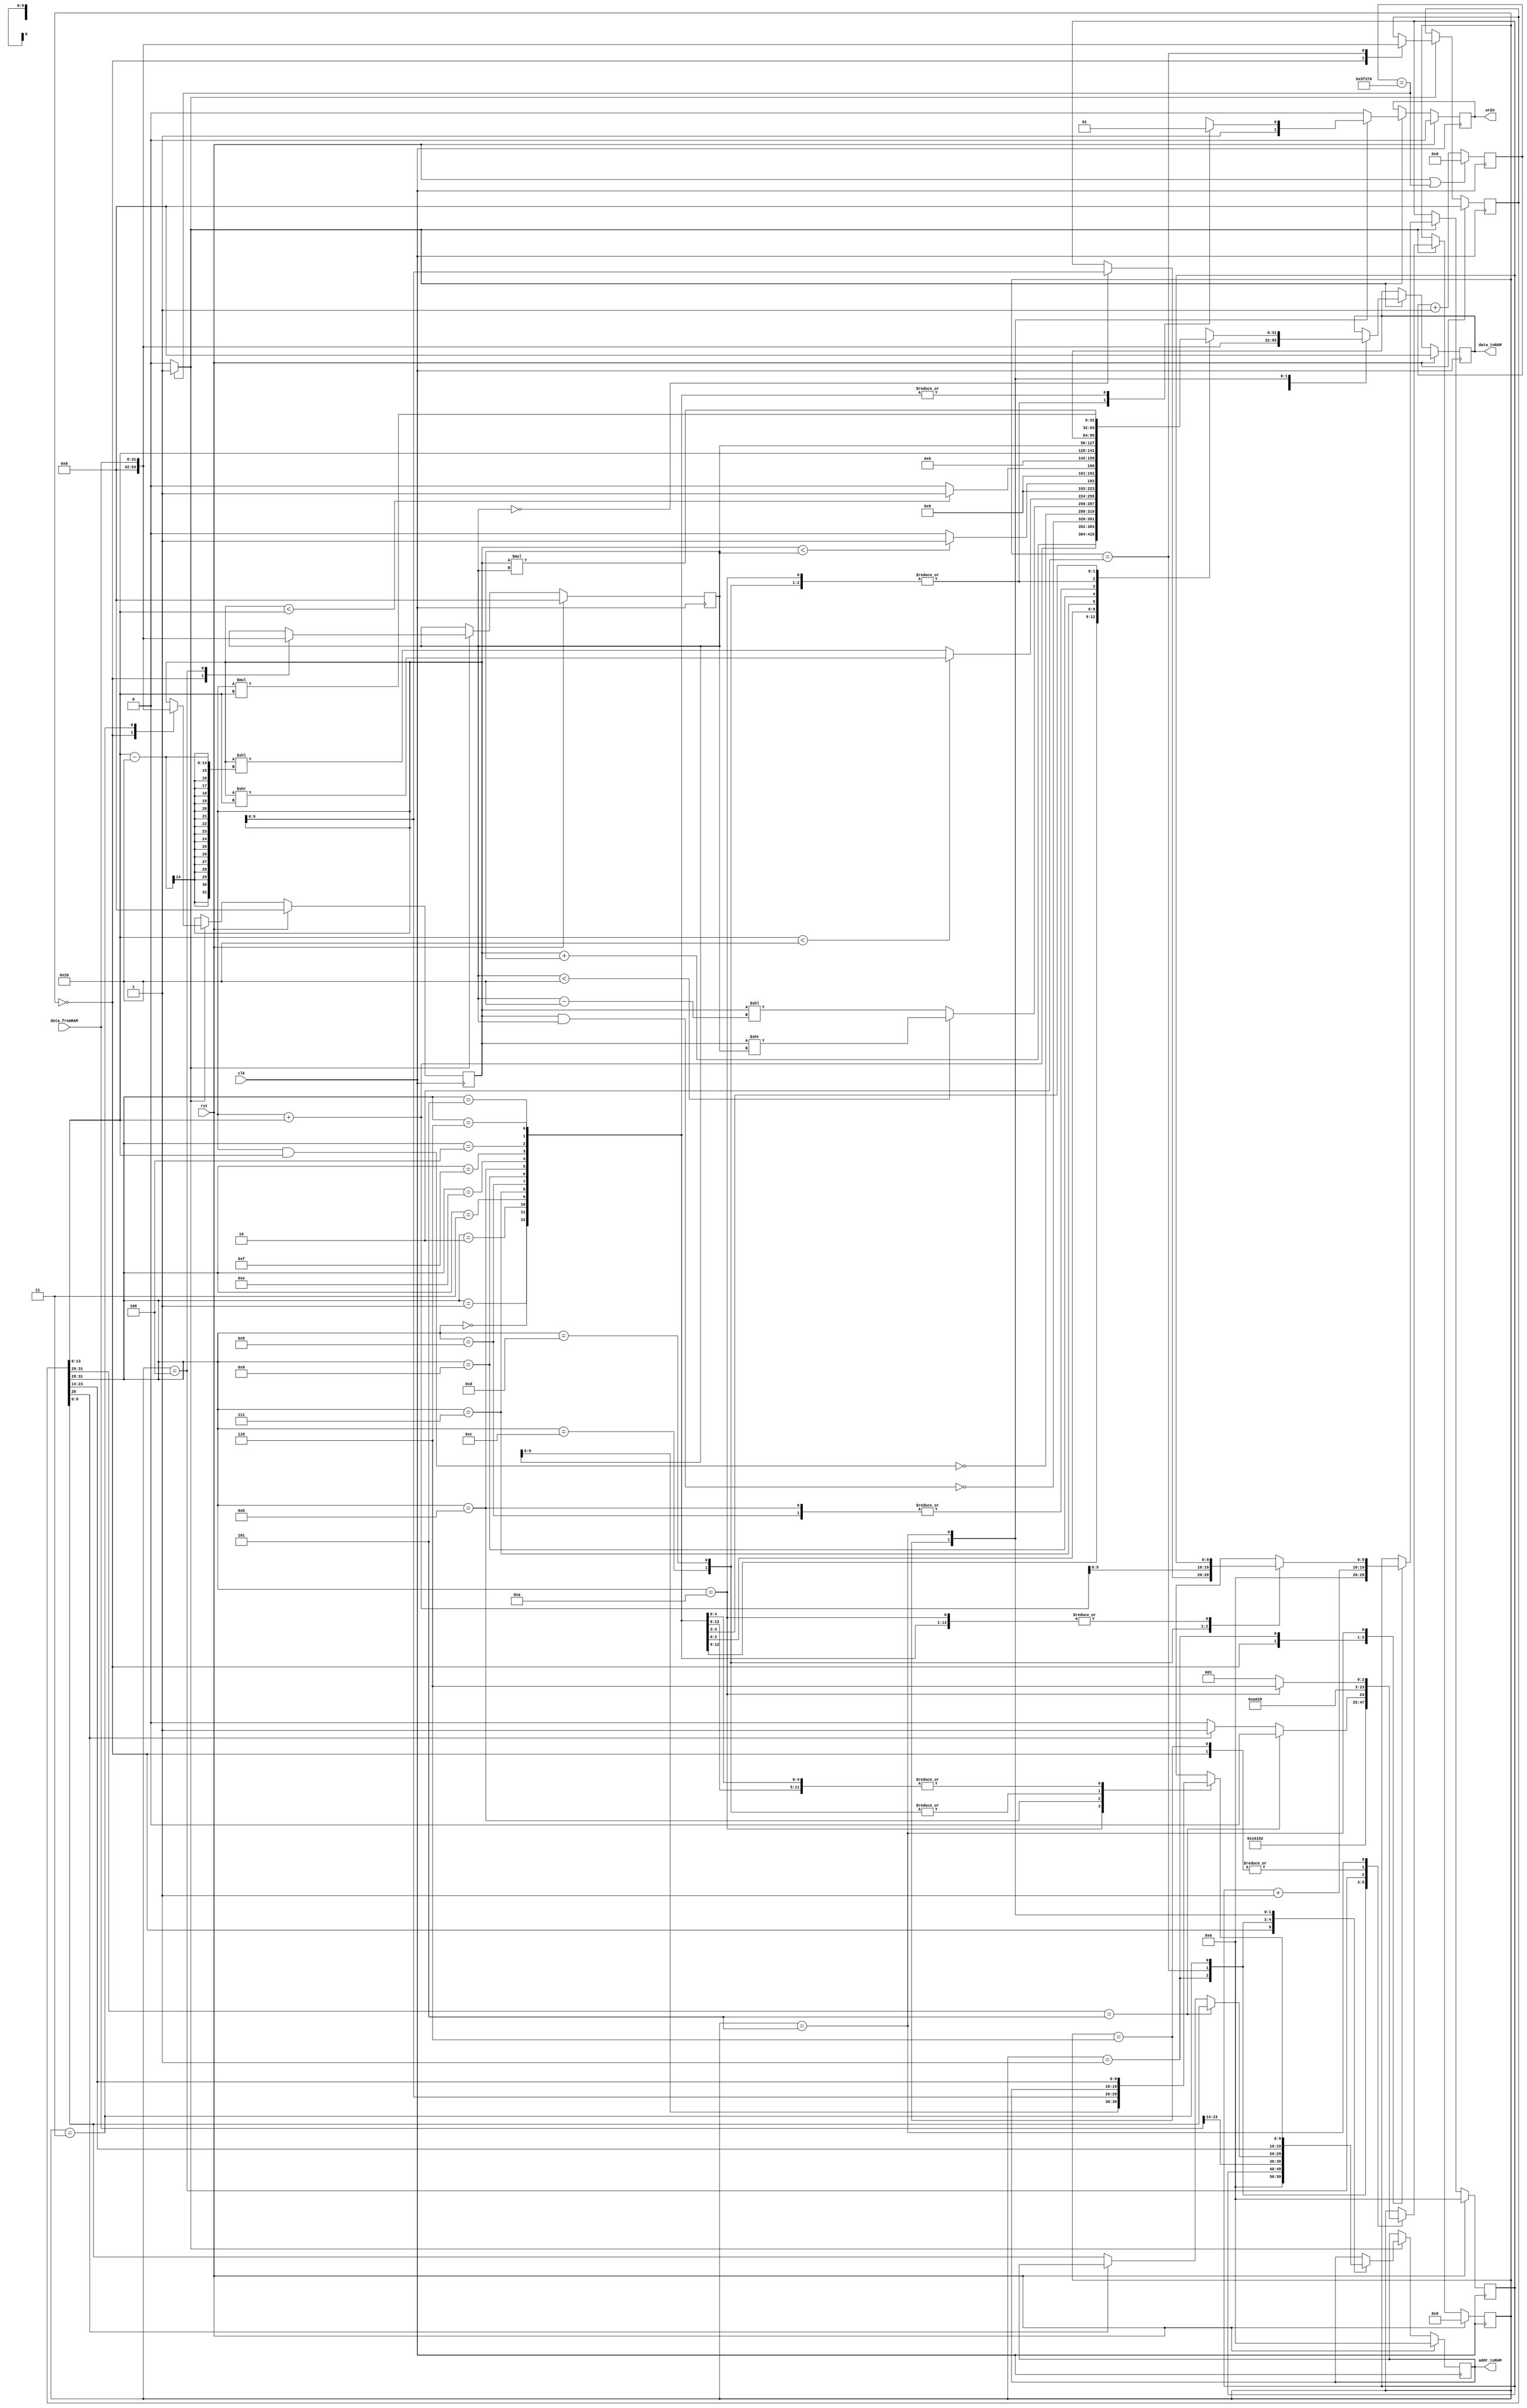
`timescale 1ns / 1ps
module SimpleCPU(clk, rst, data_fromRAM, wrEn, addr_toRAM, data_toRAM);

parameter SIZE = 10;

input clk, rst;
input wire [31:0] data_fromRAM;
output reg wrEn;
output reg [SIZE-1:0] addr_toRAM;
output reg [31:0] data_toRAM;

//input wire [31:0] data_fromRAM;
reg [SIZE-1:0] addr_toRAM_next;
reg [31:0] data_toRAM_next;
reg wrEn_next;

`define STATE0 0
`define STATE1 1
`define STATE2 2
`define STATE3 3
`define STATE4 4
`define STATE5 5
`define STATE6 6

reg [7:0] currentState, nextState;
reg [SIZE-1:0] pc, pcNext; //pc: program counter
reg [31:0] instructionWord, instructionWordNext;
reg [31:0] regA, regANext;
reg [31:0] regB, regBNext;

wire enable;
reg [24:0] slowdown;
always@(posedge clk) begin
	if (rst == 1'b1 || slowdown == 25'd390000 )
		slowdown <= 25'd0;
	else
		slowdown <= slowdown  + 1'b1;
	end
	
	assign enable = (slowdown== 25'd390000 )? 1:0;
	
//current state logic
always@(posedge clk) begin
	if(rst) begin
		currentState <= `STATE0;
		pc <= 0;
		instructionWord <= 0;
		regA <= 0;
		regB <= 0;
		addr_toRAM<=0;
		data_toRAM<=0;
		wrEn<=0;
	end
	else begin
		if (enable) begin
		currentState <= nextState;
		pc <= pcNext;
		instructionWord <= instructionWordNext;
		regA <= regANext;
		regB <= regBNext;
		addr_toRAM<=addr_toRAM_next;
		data_toRAM<=data_toRAM_next;
		wrEn<=wrEn_next;
		end
	end
end

//output logic and next state logic
always@(*) begin
	//DEFAULT VALUES are valid if they're not assigned any value within each case
	nextState = currentState;
	pcNext = pc;
	instructionWordNext = instructionWord;
	regANext = regA;
	regBNext = regB;
	wrEn_next = 0;
	addr_toRAM_next = addr_toRAM;
	data_toRAM_next = data_toRAM;
	case(currentState)
		//state: STATE0
		`STATE0: begin
			wrEn_next = 0;
			addr_toRAM_next = 0;
			data_toRAM_next = 0;
			pcNext = 0;
			instructionWordNext = 0;
			regANext = 0;
			regBNext = 0;
			nextState = `STATE1;
		end
		//state: STATE1
		`STATE1: begin
			wrEn_next = 0;
			addr_toRAM_next = pc; //Instruction Request 
			pcNext = pc + 1; //Next Instruction (After 5 State)
			nextState = `STATE2;
		end
		//state: STATE2
		`STATE2: begin
			addr_toRAM_next = data_fromRAM[27:14]; //address of A // A request 
			instructionWordNext = data_fromRAM; // We get Instruction from Ram
			nextState = `STATE3; //Next State
		end
		//state: STATE3
		`STATE3: begin
			regANext = data_fromRAM; // Get Data of A
			if(instructionWord[31:29] == 3'b101 ) begin // if CPI or CPIi Go To State4
				addr_toRAM_next = instructionWord[13:0];//address of B // B Request
				nextState = `STATE4;
			end
			//check if i bit is 1
			else if(~instructionWord[28]) begin 
				addr_toRAM_next = instructionWord[13:0]; //address of B // B Request
				nextState = `STATE4;
			end
			else begin
				nextState = `STATE5;
			end
		end
		//state: STATE4
		`STATE4: begin
			regBNext = data_fromRAM; //Get Data of B
			nextState = `STATE5;
		end
		//state: STATE6
		`STATE6: begin
			wrEn_next = 1;
			addr_toRAM_next = instructionWord[27:14];
			data_toRAM_next = data_fromRAM;
			nextState= `STATE1;
		end
		//state: STATE5
		`STATE5: begin
		  case(instructionWord[31:28]) //opcode: 3-bit + i: 1-bit
				{3'b000,1'b0}: begin //ADD // *A = (*A) + (*B)
					wrEn_next = 1;
					addr_toRAM_next = instructionWord[27:14]; // Put to address of A
					data_toRAM_next = (regA + regB);	//Data
				end
				{3'b000,1'b1}: begin //ADDi // *A = (*A) + B
					wrEn_next = 1;
					addr_toRAM_next = instructionWord[27:14];  // Put to address of A
					data_toRAM_next = (regA + instructionWord[13:0]);
				end
				{3'b001,1'b0}: begin //NAND // *A = ~((*A) & (*B))
					wrEn_next = 1;
					addr_toRAM_next = instructionWord[27:14];  // Put to address of A
					data_toRAM_next = ~(regA & regB);
				end
				{3'b001,1'b1}: begin //NANDi // *A = ~((*A) & B)
					wrEn_next = 1;
					addr_toRAM_next = instructionWord[27:14];  // Put to address of A
					data_toRAM_next = ~(regA & instructionWord[13:0]);
				end

				{3'b010,1'b0}: begin //SRL // *A <- ((*B) < 32) ? ((*A) >> (*B)) : ((*A) << ((*B) - 32))
					wrEn_next = 1;
					addr_toRAM_next = instructionWord[27:14];  // Put to address of A
					if (regB < 32) begin
						data_toRAM_next = (regA >> regB);
					end
					else begin
						data_toRAM_next = (regA << (regB - 32));
					end
				end

				{3'b010,1'b1}: begin //SRLi // *A <- (B < 32) ? ((*A) >> B) : ((*A) << (B - 32))
					wrEn_next = 1;
					addr_toRAM_next = instructionWord[27:14];  // Put to address of A
					if (instructionWord[13:0] < 32) begin
						data_toRAM_next = (regA >> instructionWord[13:0]);
					end
					else begin
						data_toRAM_next = (regA << (instructionWord[13:0] - 32));
					end
				end

				{3'b011,1'b0}: begin //LT //*A <- ((*A) < (*B))
					wrEn_next = 1;		//if *A is Less Than *B then *A is set to 1, otherwise to 0.

					if (regA < regB) begin
						addr_toRAM_next = instructionWord[27:14];
						data_toRAM_next = 1'b1;
					end
					else begin
						addr_toRAM_next = instructionWord[27:14];
						data_toRAM_next = 1'b0;
					end
				end
				{3'b011,1'b1}: begin //LTi //*A <- ((*A) < B)
					wrEn_next = 1;		//if *A is Less Than B then *A is set to 1, otherwise to 0.

					if (regA < instructionWord[13:0]) begin
						addr_toRAM_next = instructionWord[27:14];
						data_toRAM_next = 1'b1;
					end
					else begin
						addr_toRAM_next = instructionWord[27:14];
						data_toRAM_next = 1'b0;
					end
				end
				{3'b100,1'b0}: begin //CP // *A <- *B
					wrEn_next = 1;
					addr_toRAM_next = instructionWord[27:14];  // Put to address of A
					data_toRAM_next = regB;
				end
				{3'b100,1'b1}: begin //CPi // *A <- B
					wrEn_next = 1;
					addr_toRAM_next = instructionWord[27:14];  // Put to address of A
					data_toRAM_next = instructionWord[13:0];
				end
				{3'b101,1'b0}: begin //CPI // *(*B) = *A // Look at 1,940,000 ////
					//*A <- *(*B)
					addr_toRAM_next = regB;//address of B // B Request
					//nextState = `STATE6;
				end
				{3'b101,1'b1}: begin //CPIi // *(*A) = *B
					wrEn_next = 1;//*(*A) <- *B
					addr_toRAM_next = regA;
					data_toRAM_next = regB;
				end
				
				
				{3'b110,1'b0}: begin 	//BZJ //PC = (*B == 0) ? (*A) : (PC+1)
					if (regB == 1'b0) begin
						pcNext = regA; // Look For It
					end
				end
				{3'b110,1'b1}: begin 	//BZJi //PC <- (*A) + B
					pcNext = regA + instructionWord[13:0]; // Look For It
				end
				{3'b111,1'b0}: begin //MUL // *A <- (*A) * (*B)
					wrEn_next = 1;
					addr_toRAM_next = instructionWord[27:14]; //A
					data_toRAM_next = regA * regB;
				end
				{3'b111,1'b1}: begin //MULi // *A <- (*A) * B
					wrEn_next = 1;
					addr_toRAM_next = instructionWord[27:14]; //A
					data_toRAM_next = regA * instructionWord[13:0];
				end
				
			endcase
		  if(instructionWord[31:28] == 4'b1010 ) begin //
			nextState = `STATE6;
		  end
		  else begin
			nextState= `STATE1;
		  end
			
		end
	endcase
end

endmodule